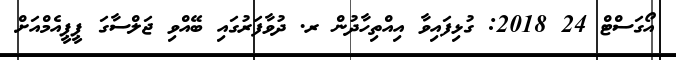
އޯގަސްޓް 24 2018: ގުޅިފައިވާ އިއްތިހާދުން ރ. ދުވާފަރުގައި ބޭއްވި ޖަލްސާގަ ޕީޕީއެމްއަށް